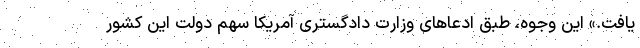
یافت.» این وجوه، طبق ادعاهای وزارت دادگستری آمریکا سهم دولت این کشور